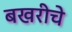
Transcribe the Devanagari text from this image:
बखरीचे